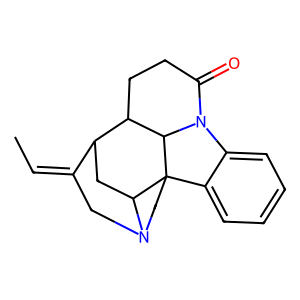
SMILES: CC=C1CN2CCC34c5ccccc5N5C(=O)CCC(C1CC23)C54
Inhibits HIV replication: No